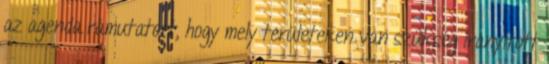
az agenda rámutatott, hogy mely területeken van szükség irányított